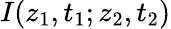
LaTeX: I(z_{1},t_{1};z_{2},t_{2})